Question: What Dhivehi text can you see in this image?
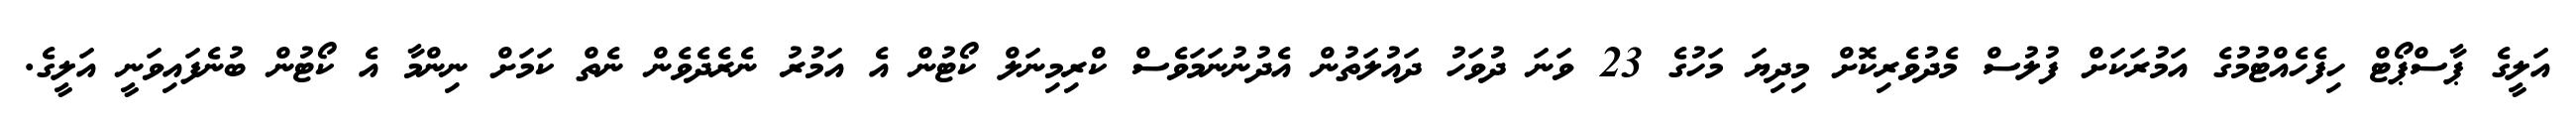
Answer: އަލީގެ ޕާސްޕޯޓް ހިފެހެއްޓުމުގެ އަމުރަކަށް ފުލުސް މެދުވެރިކޮށް މިދިޔަ މަހުގެ 23 ވަނަ ދުވަހު ދައުލަތުން އެދުނުނަމަވެސް ކްރިމިނަލް ކޯޓުން އެ އަމުރު ނެރެދެވެން ނެތް ކަމަށް ނިންމާ އެ ކޯޓުން ބުނެފައިވަނީ އަލީގެ.